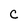
Character: C